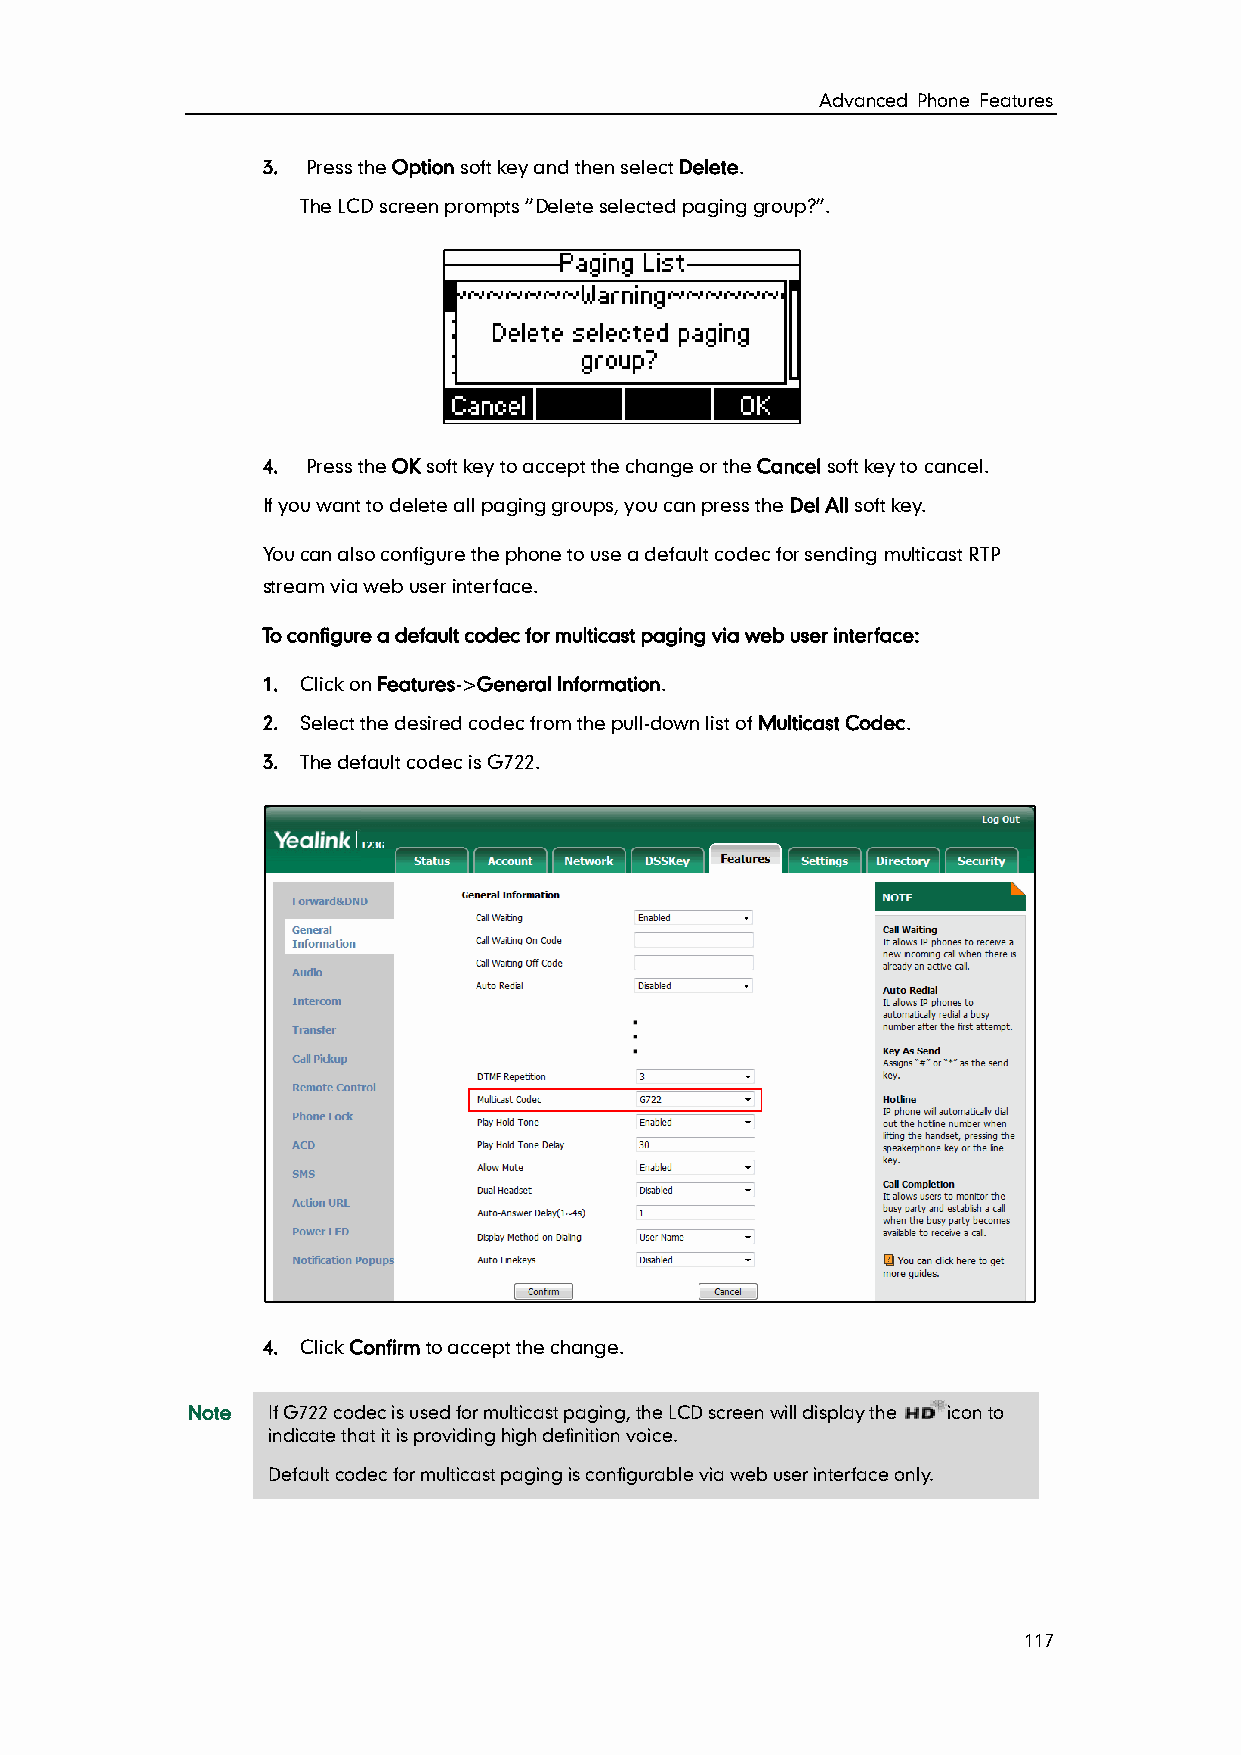
Advanced Phone Features
 3. Press the Option soft key and then select Delete.
 The LCD screen prompts “Delete selected paging group?”.
 4. Press the OK soft key to accept the change or the Cancel soft key to cancel.
 If you want to delete all paging groups, you can press the Del All soft key.
 You can also configure the phone to use a default codec for sending multicast RTP
 stream via web user interface.
 To configure a default codec for multicast paging via web user interface:
 1. Click on Features->General Information.
 2. Select the desired codec from the pull-down list of Multicast Codec.
 3. The default codec is G722.
 4. Click Confirm to accept the change.
 Note  If G722 codec is used for multicast paging, the LCD screen will display the icon to
 indicate that it is providing high definition voice.
 Default codec for multicast paging is configurable via web user interface only.
 117